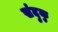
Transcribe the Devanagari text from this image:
संदुकु